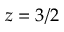
z = 3 / 2